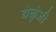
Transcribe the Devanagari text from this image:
बेळुंजी